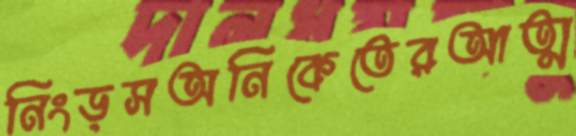
নিংড়সঅনিকেতেরআত্ম